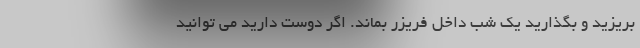
بریزید و بگذارید یک شب داخل فریزر بماند. اگر دوست دارید می توانید